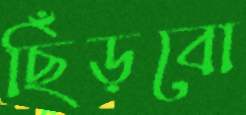
ছিঁড়বো